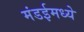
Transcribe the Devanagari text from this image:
मंडईमध्ये